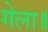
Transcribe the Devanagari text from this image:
गेला॥